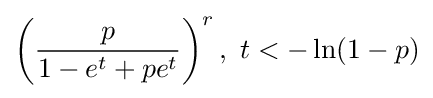
\left({\frac {p}{1-e^{t}+pe^{t}}}\right)^{r},~t<-\ln(1-p)